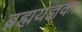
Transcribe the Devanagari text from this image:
ब्रह्मयज्ञका